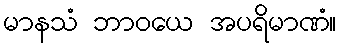
မာနသံ ဘာဝယေ အပရိမာဏံ။